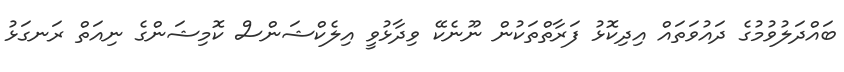
ބައްދަލުވުމުގެ ދައުވަތައް އިދިކޮޅު ފަރާތްތަކުން ނޫނެކޭ ވިދާޅުވީ އިލެކްޝަންސް ކޮމިޝަންގެ ނިއަތް ރަނގަޅު